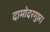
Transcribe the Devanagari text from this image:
दामोदरगुप्त।